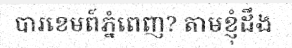
បារខេមព៍ភ្នំពេញ? តាមខ្ញុំដឹង